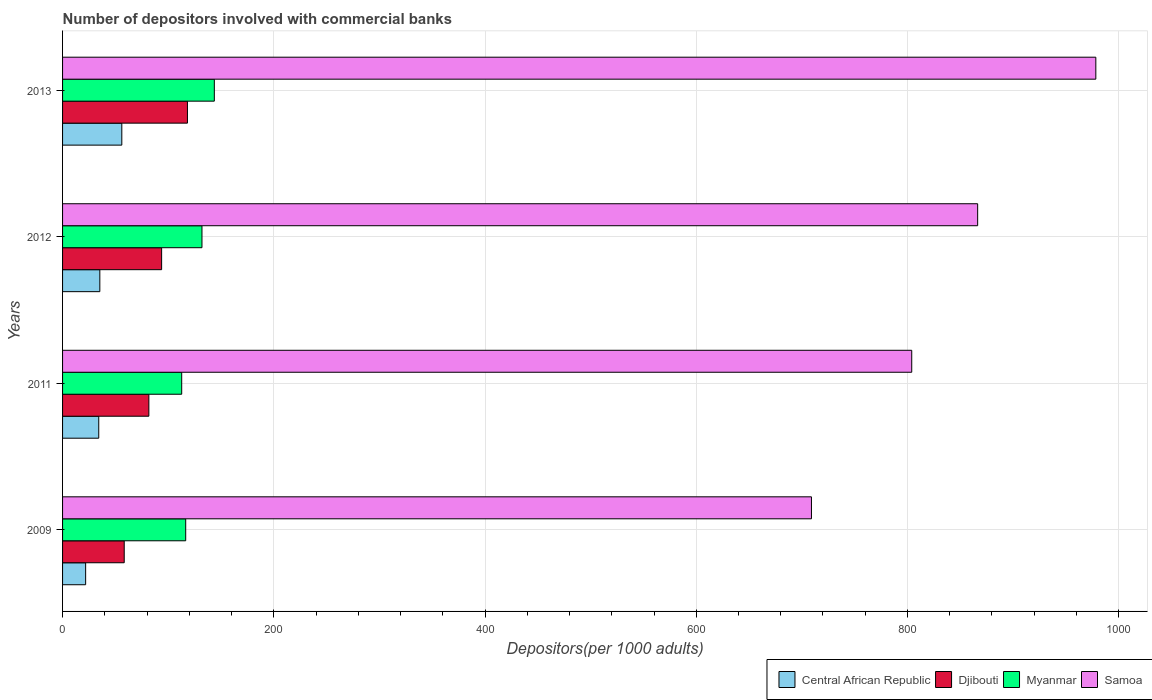
| Years | Central African Republic | Djibouti | Myanmar | Samoa |
 | --- | --- | --- | --- | --- |
 | 2009 | 21.9 | 58.4 | 117 | 709 |
 | 2011 | 34.3 | 81.7 | 113 | 804 |
 | 2012 | 35.3 | 93.8 | 132 | 866 |
 | 2013 | 56.1 | 118 | 144 | 978 |